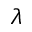
\lambda